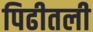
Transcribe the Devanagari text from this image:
पिढीतली